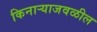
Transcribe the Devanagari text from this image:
किनाऱ्‍याजवळील